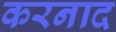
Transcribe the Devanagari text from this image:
करनाद